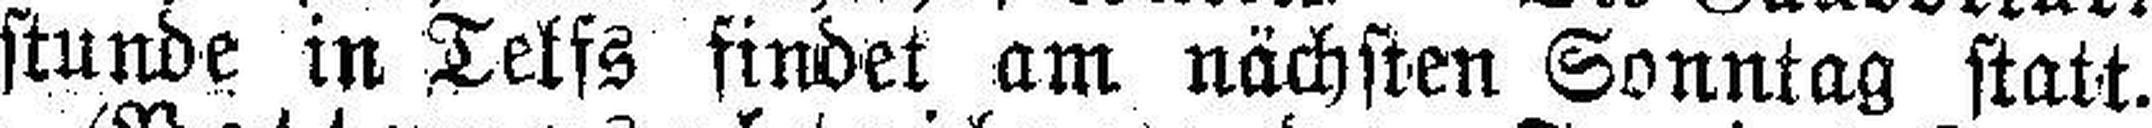
stunde in Telfs findet am nächsten Sonntag statt.